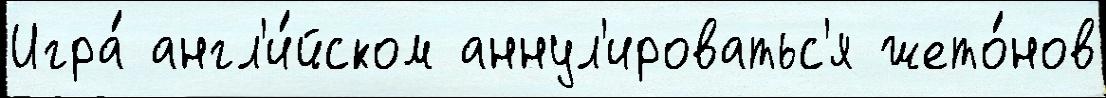
Игра́ англ'и́йском аннул'ироватьс'я жето́нов